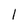
Character: 1